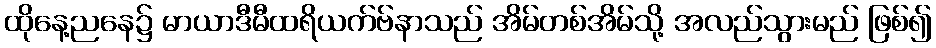
ထိုနေ့ညနေ၌ မာယာဒီမီထရိယက်ဗ်နာသည် အိမ်တစ်အိမ်သို့ အလည်သွားမည် ဖြစ်၍